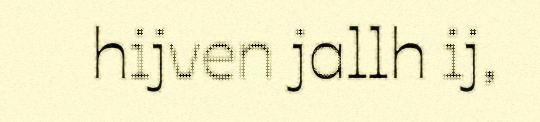
hijven jallh ij,